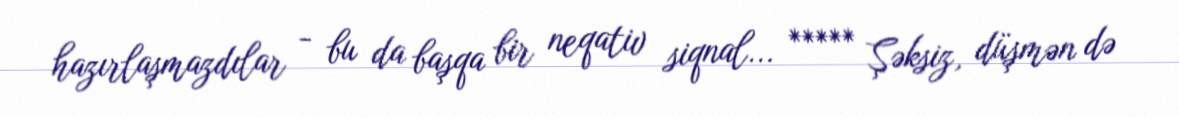
hazırlaşmazdılar - bu da başqa bir neqativ siqnal... ***** Şəksiz, düşmən də